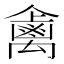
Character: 𱵺